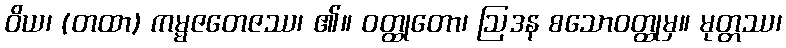
ဝိယ၊ (တထာ) ကမ္မဇတေဇဿ၊ ၏။ ဝတ္ထုတော၊ ဩဒန စသောဝတ္ထုမှ။ မုတ္တဿ၊